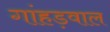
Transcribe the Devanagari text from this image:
गांहड़वाल